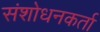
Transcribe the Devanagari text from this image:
संशोधनकर्ता